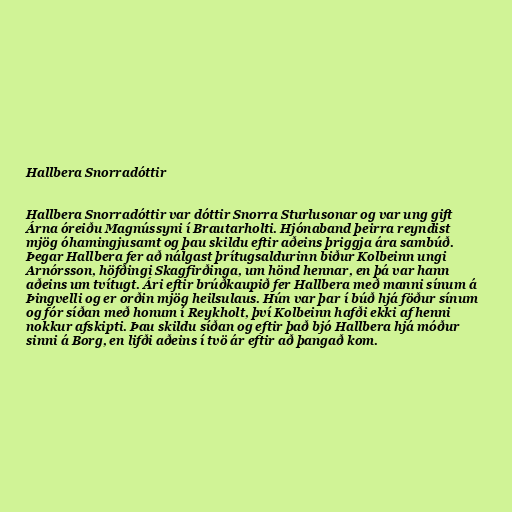
Hallbera Snorradóttir

Hallbera Snorradóttir var dóttir Snorra Sturlusonar og var ung gift
Árna óreiðu Magnússyni í Brautarholti. Hjónaband þeirra reyndist
mjög óhamingjusamt og þau skildu eftir aðeins þriggja ára sambúð.
Þegar Hallbera fer að nálgast þrítugsaldurinn biður Kolbeinn ungi
Arnórsson, höfðingi Skagfirðinga, um hönd hennar, en þá var hann
aðeins um tvítugt. Ári eftir brúðkaupið fer Hallbera með manni sínum á
Þingvelli og er orðin mjög heilsulaus. Hún var þar í búð hjá föður sínum
og fór síðan með honum í Reykholt, því Kolbeinn hafði ekki af henni
nokkur afskipti. Þau skildu síðan og eftir það bjó Hallbera hjá móður
sinni á Borg, en lifði aðeins í tvö ár eftir að þangað kom.